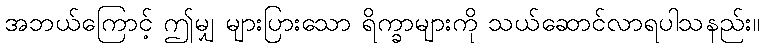
အဘယ်ကြောင့် ဤမျှ များပြားသော ရိက္ခာများကို သယ်ဆောင်လာရပါသနည်း။